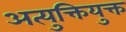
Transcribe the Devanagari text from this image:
अत्युक्तियुक्त